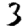
Digit: 3